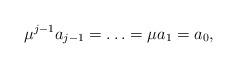
LaTeX: \begin{align*} \mu^{j-1}a_{j-1}=\ldots=\mu a_1=a_0, \end{align*}